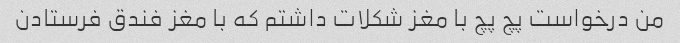
من درخواست پچ پچ با مغز شکلات داشتم که با مغز فندق فرستادن